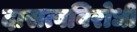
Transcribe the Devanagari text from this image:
दासत्वविरोधी